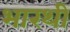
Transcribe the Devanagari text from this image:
भारथी